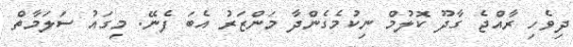
ދިވެހި ރާއްޖެ ގާދޫ ކޮލުމް ނިކުމެގެންދާ މަންޒަރު އެބަ ފެނޭ. މިގައު ސަލަމާތް